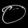
Digit: ၀